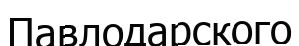
Павлодарского